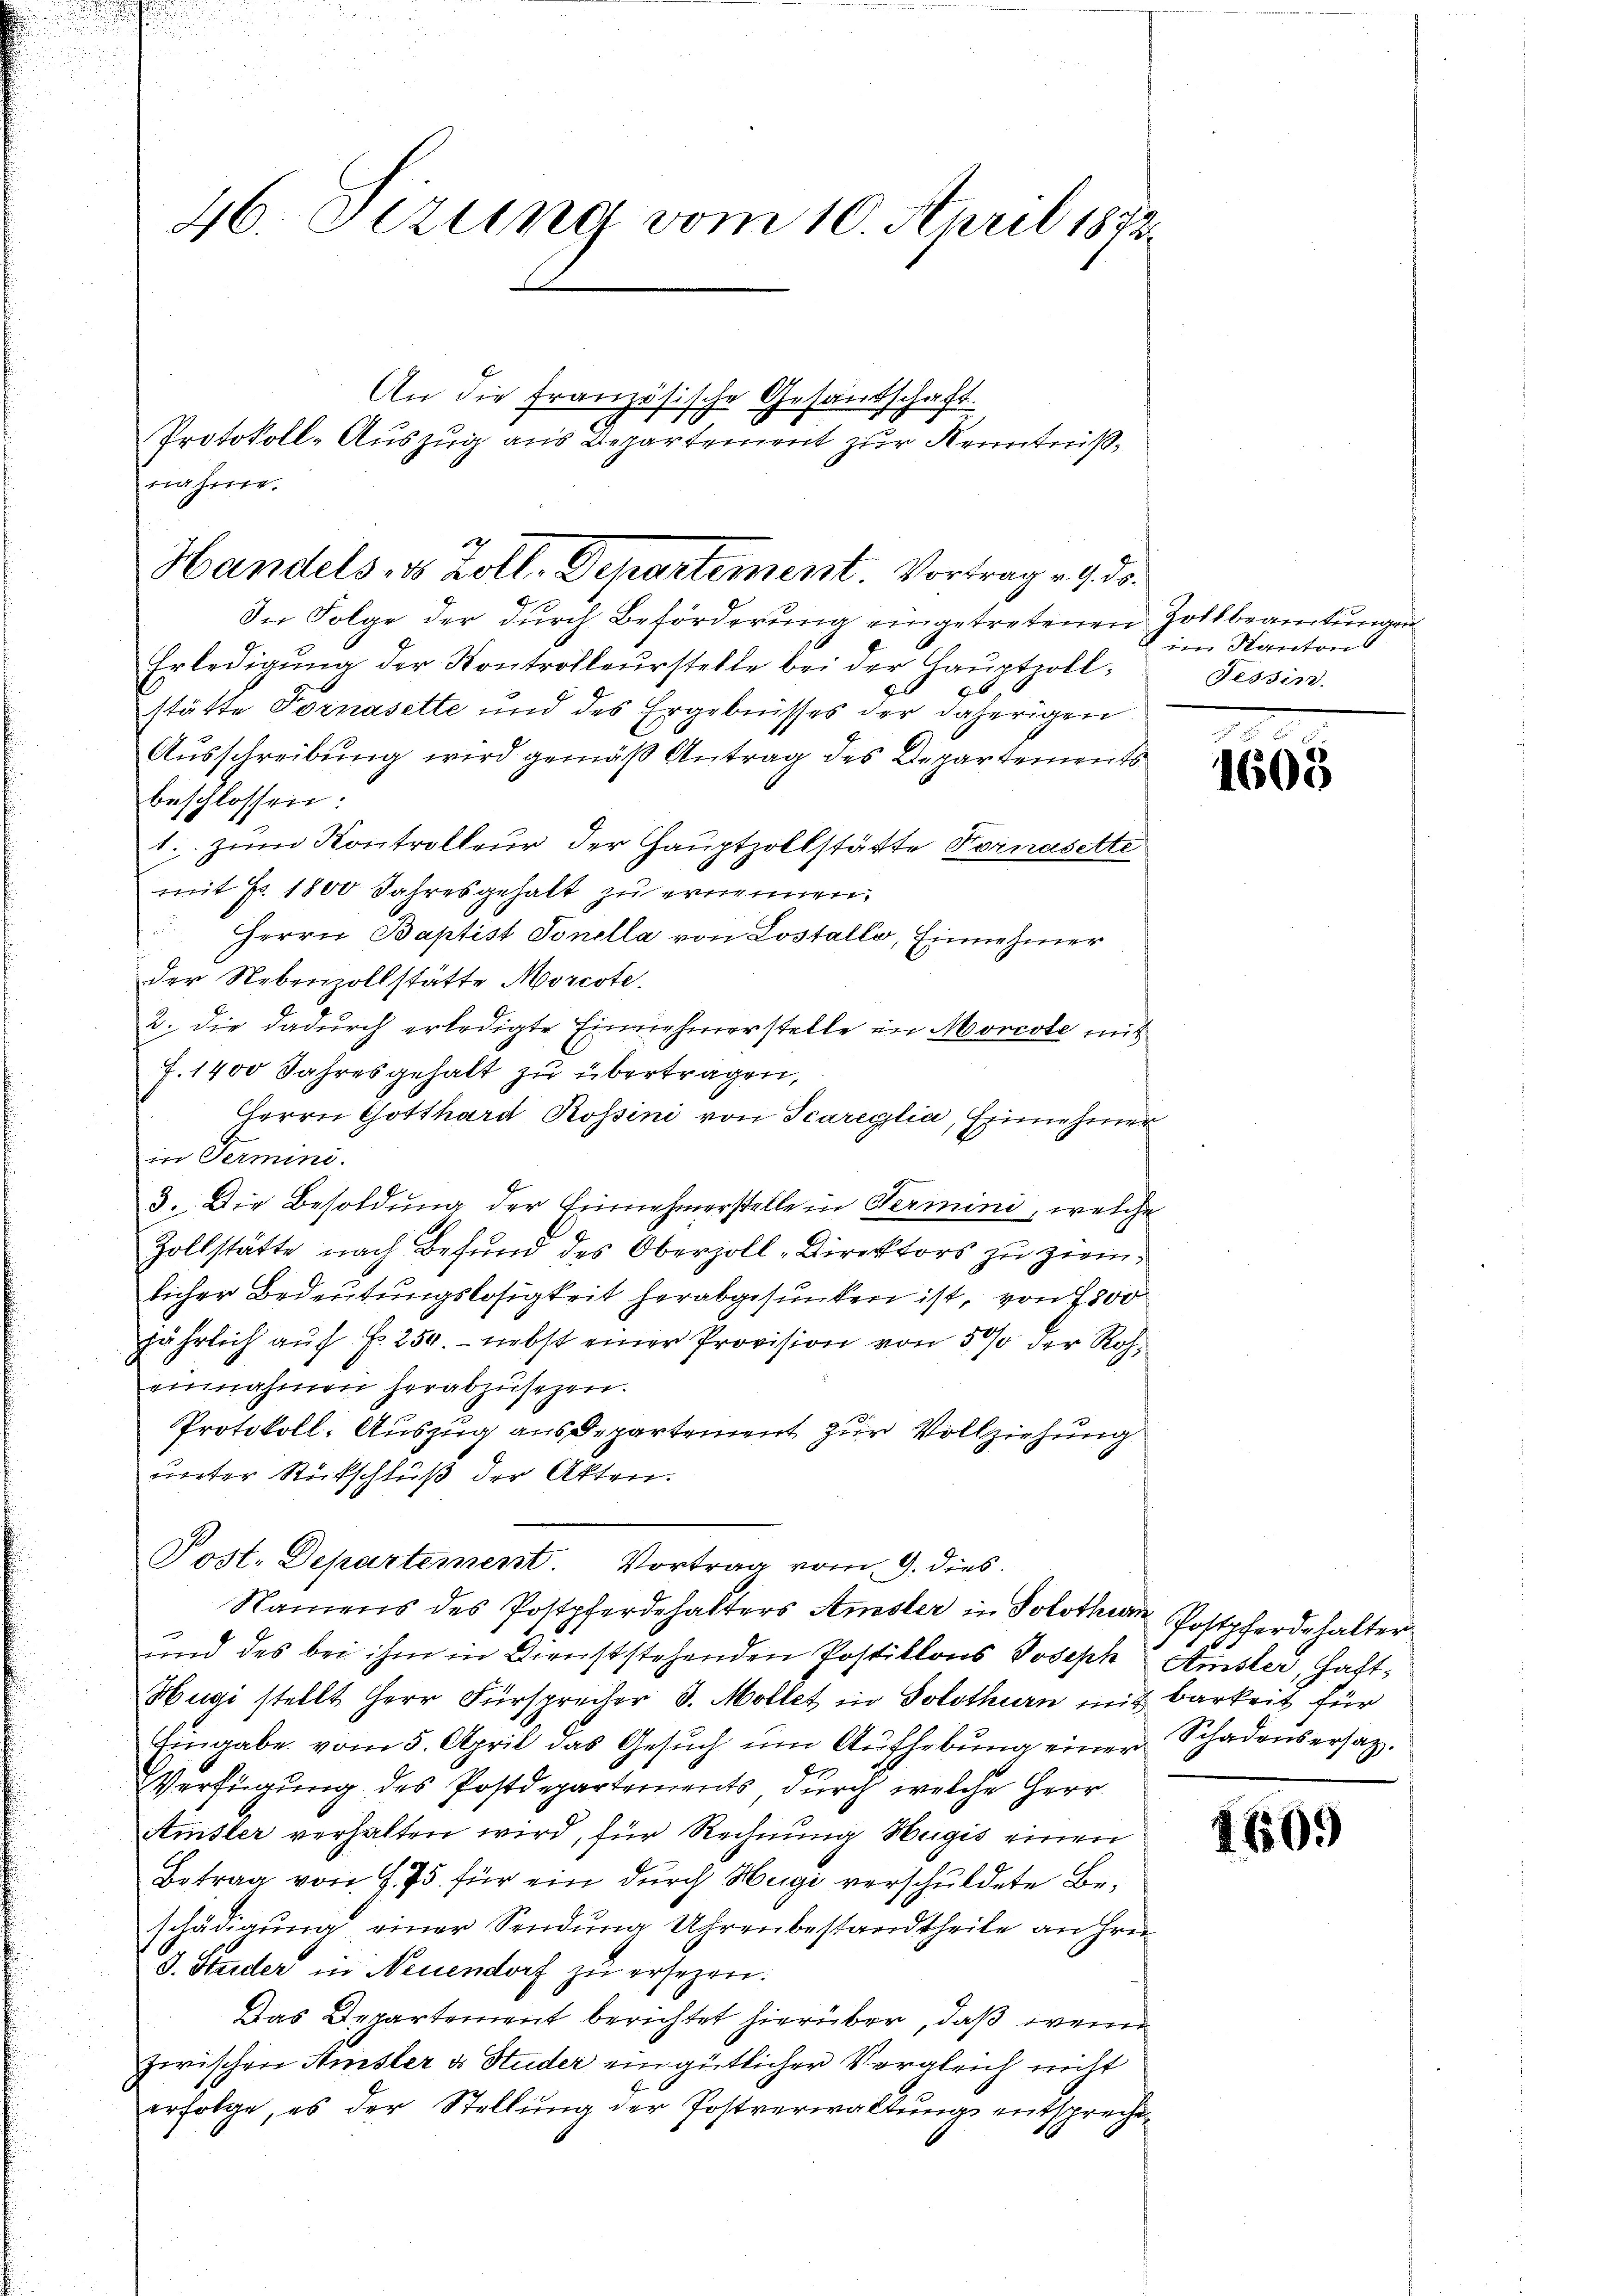
46. Setzung vom 10. April 1882.

nahme.
In Folge der dŭrch Beförderung eingetretenen Zollbeamtungen
Erledigŭng der Kontrolleurstelle bei der Hauptzoll-
stätte Fornasette und des Ergebnisses der daherigen
Ausschreibung wird gemäß Antrag des Departements
beschlossen:
t. zum Kontrolleur der Hauptzollstädte Vornasette
mit Fr. 1800 Jahresgehalt zu erinnen.
 Herrn Baptist Sonella von Lostallo, Einnehmer
der Nebenzollstätte Morcote.
2. die dadurch erledigte Einnehmerstelle in Morcote mit
J. 1400 Jahresgehalt zu übertragen,
Herrn Gotthard Rossini von Scareglia, Einnehmer
in Termini.
3. Die Besoldung der Einnahmerstelle in Termini, welche
Zollstätte nach Befund des Oberzoll-Direktors zu zwinlicher Bedeutungslosigkeit herabgesunken ist, von 7800
jährlich auf fr. 250. - nebst einer Provision von 5% der Roheinnahmen herabzusetzen.
Protokoll: Auszug aus Departement zur Vollziehung
unter Rückschluß der Akten.
Post. Departement. Vortrag vom 9. dies
Namens des Postpferdehalters Amsler in Solothur Postpferdehalter
und des bei ihm in Dienststehenden Postillons Joseph Amster, Haft¬
Hugi stellt Herr Fürsprecher d. Möllet in Solothurn mit Barkeit für
Eingabe vom 5. April das Gesŭch ŭm Aŭfhebŭng einer Schadensersatz.
Verfügung des Postdepartements durch welche Herr
Amsler verhalten wird, für Rechnung Hugis einen
Betrag von § 75. für ein durch Hegi verschuldete Beschädigŭng einer Sendung Uhrenbestandtheile an Hrn.
J. Huder in Neuendorf zu ersezen.
Das Departement berichtet hierüber, daß wenn
zwischen Amsler & Studer ein gütlicher Vergleich nicht
erfolge, es der Stellung der Postverwaltungs entspreche¬

An die französische Gesandschaft.
Protokoll-Auszug aus Departement zur Kenntniß¬

12
Handels- & Zoll, Departement. Vortrag v. 9. ds.

im Kantons
Tessin.

1605

1609